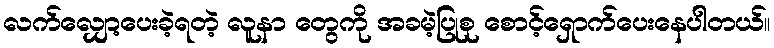
လက်လျှော့ပေးခဲ့ရတဲ့ လူနာ တွေကို အခမဲ့ပြုစု စောင့်ရှောက်ပေးနေပါတယ်။